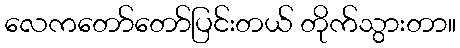
လေကတော်တော်ပြင်းတယ် တိုက်သွားတာ။